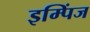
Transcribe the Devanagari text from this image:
इम्पिंज